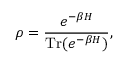
\rho = { \frac { e ^ { - \beta H } } { \operatorname { T r } ( e ^ { - \beta H } ) } } ,